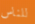
للناس